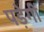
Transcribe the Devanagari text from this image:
पड़ेगीं